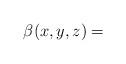
LaTeX: \begin{align*}\beta(x,y,z)=\end{align*}